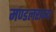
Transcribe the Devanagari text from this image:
मण्डलराज्य